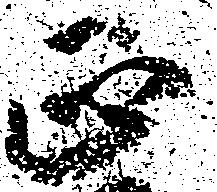
正